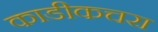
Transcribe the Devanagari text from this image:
काडीकचरा